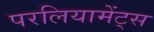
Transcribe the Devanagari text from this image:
परलियामेंट्स